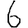
Digit: 6